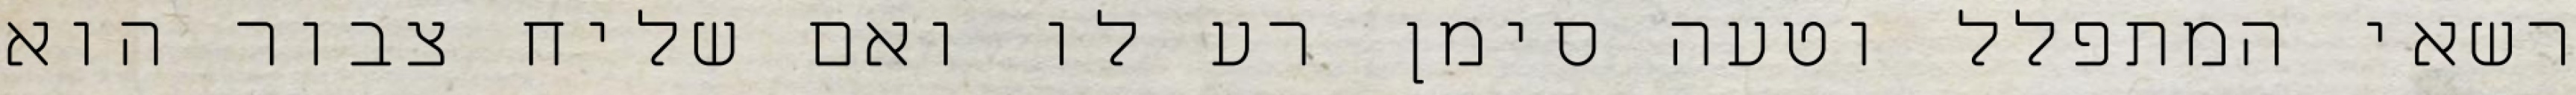
רשאי המתפלל וטעה סימן רע לו ואם שליח צבור הוא